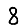
Digit: 8